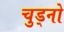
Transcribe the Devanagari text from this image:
चुड्नो